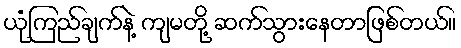
ယုံကြည်ချက်နဲ့ ကျမတို့ ဆက်သွားနေတာဖြစ်တယ်။